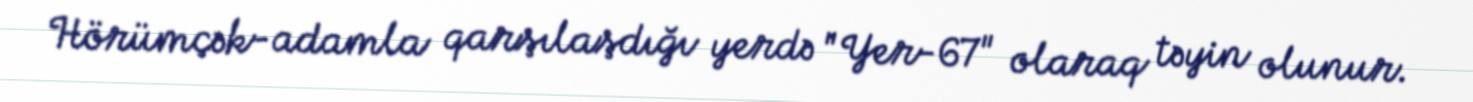
Hörümçək-adamla qarşılaşdığı yerdə "Yer-67" olaraq təyin olunur.